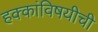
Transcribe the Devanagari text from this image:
हक्कांविषयीची